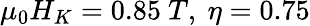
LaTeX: {\mu}_{0}H_{K}=0.85\ {T},\ \eta=0.75